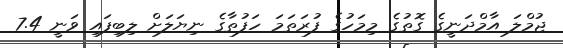
ޖުމްލަ އާމްދަނީގެ ގޮތުގެ މިމަހުގެ ފުރަތަމަ ހަފުތާގެ ނިޔަލަށް ލިބިފައި ވަނީ 7.4